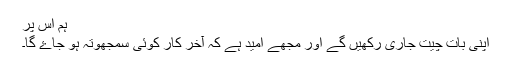
ہم اس پر
اپنی بات چیت جاری رکھیں گے اور مجھے امید ہے کہ آخر کار کوئی سمجھوتہ ہو جاۓ گا۔